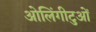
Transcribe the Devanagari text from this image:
ओलिंगीटुओं